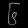
Digit: ၆